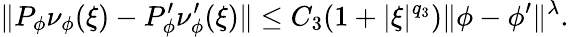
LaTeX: \| P_{\phi}\nu_{\phi}(\xi)-P_{\phi}^{\prime}\nu_{\phi}^{\prime}(\xi)\| \le C_{3}(1+|\xi|^{q_{3}})\| \phi-\phi^{\prime}\| ^{\lambda}.